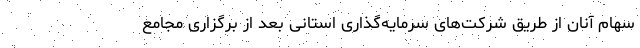
سهام آنان از طریق شرکت‌های سرمایه‌گذاری استانی بعد از برگزاری مجامع